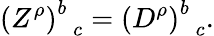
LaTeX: \left(Z^{\rho}\right)_{\; \; c}^{b}=\left(D^{\rho}\right)_{\; \; c}^{b}.